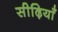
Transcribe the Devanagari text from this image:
सीढ़ियाँ